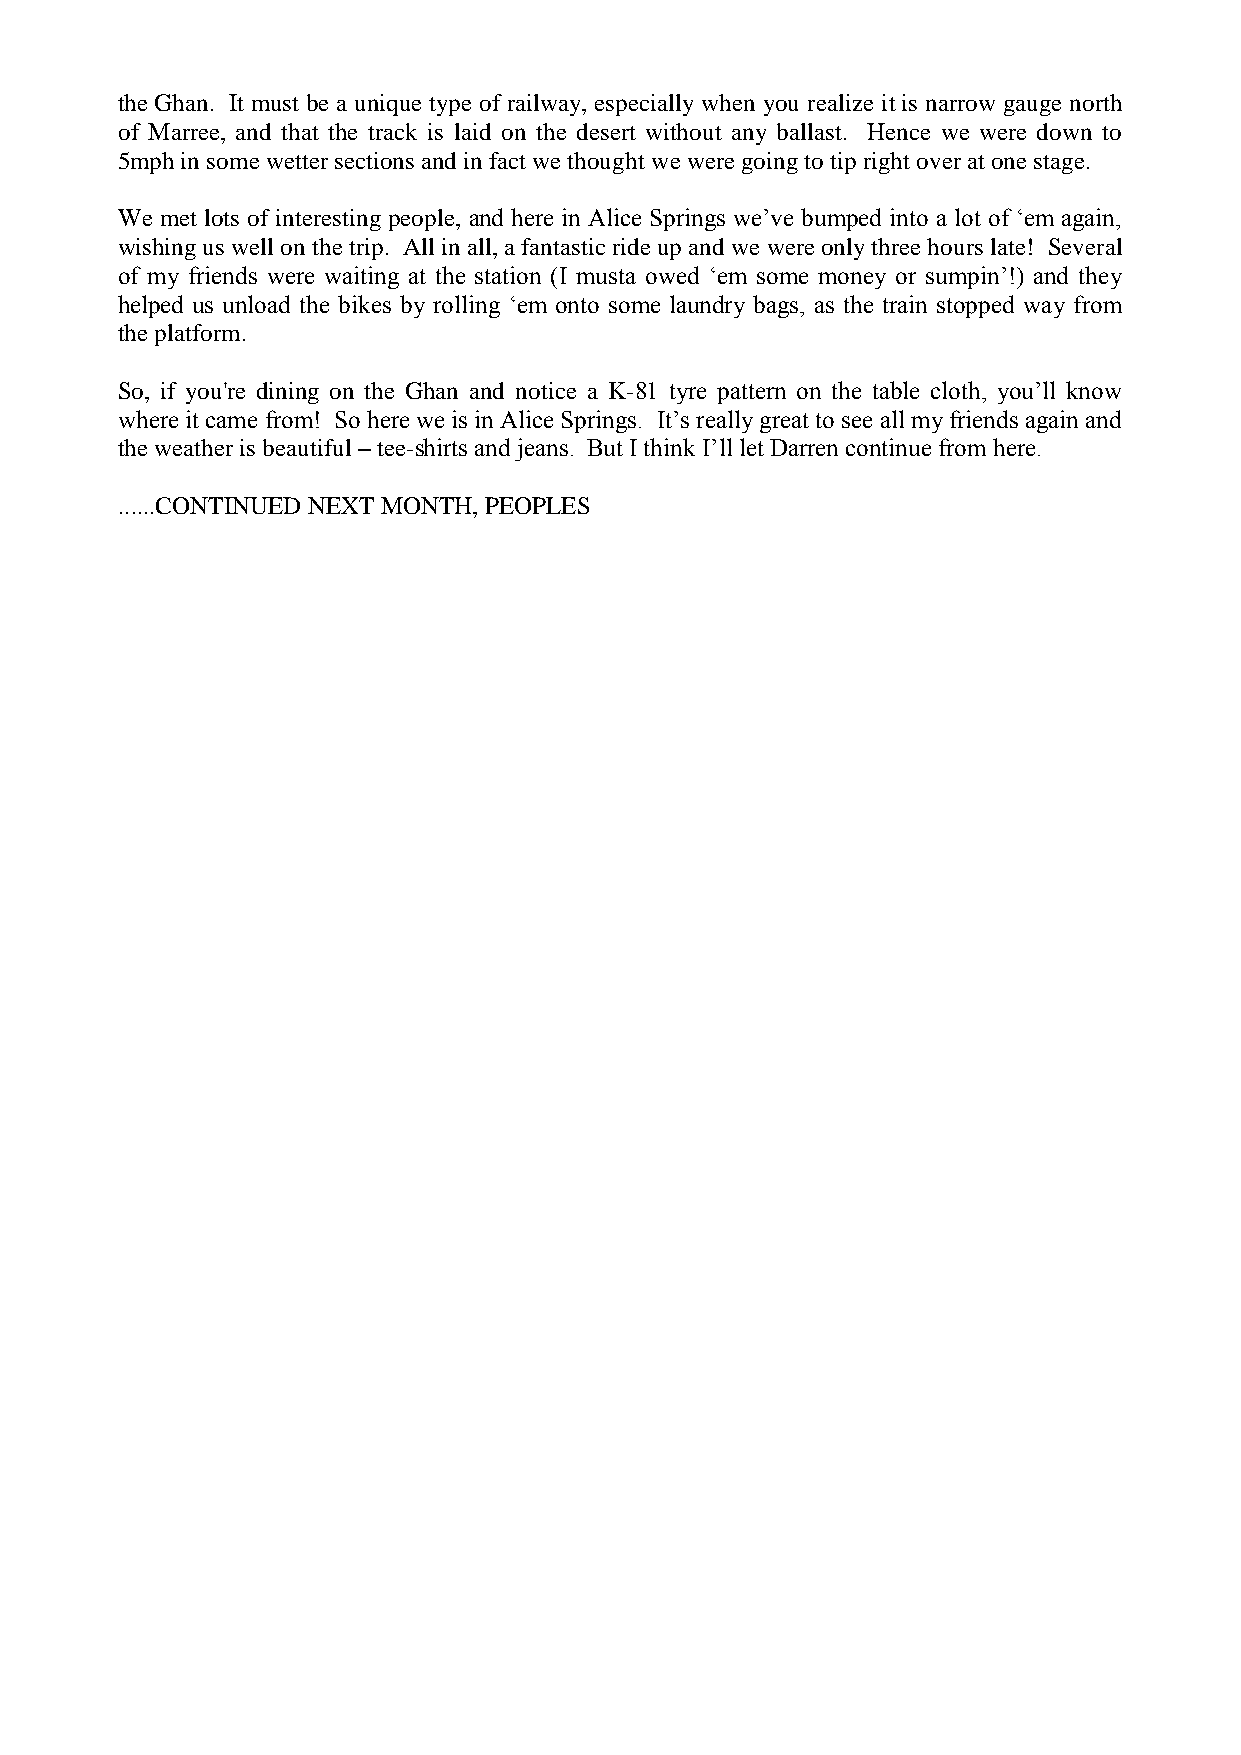
the Ghan. It must be a unique type of railway, especially when you realize it is narrow gauge north
 of Marree, and that the track is laid on the desert without any ballast. Hence we were down to
 5mph in some wetter sections and in fact we thought we were going to tip right over at one stage.
 We met lots of interesting people, and here in Alice Springs we’ve bumped into a lot of ‘em again,
 wishing us well on the trip. All in all, a fantastic ride up and we were only three hours late! Several
 of my friends were waiting at the station (I musta owed ‘em some money or sumpin’!) and they
 helped us unload the bikes by rolling ‘em onto some laundry bags, as the train stopped way from
 the platform.
 So, if you're dining on the Ghan and notice a K-81 tyre pattern on the table cloth, you’ll know
 where it came from! So here we is in Alice Springs. It’s really great to see all my friends again and
 the weather is beautiful – tee-shirts and jeans. But I think I’ll let Darren continue from here.
 ......CONTINUED NEXT MONTH, PEOPLES